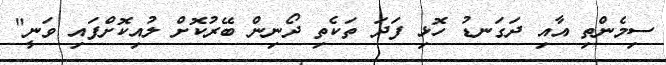
ސިމެންތި އާއި ދަގަނޑު ހޮޅި ފަދަ ތަކެތި ދޯނިން ބޭރުކޮށް ލުއިކޮށްފައި ވަނީ"